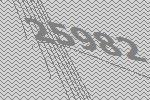
25982